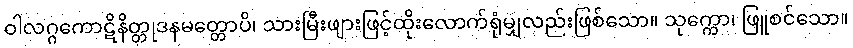
ဝါလဂ္ဂကောဋိနိတ္တုဒနမတ္တောပိ၊ သားမြီးဖျားဖြင့်ထိုးလောက်ရုံမျှလည်းဖြစ်သော။ သုက္ကော၊ ဖြူစင်သော။